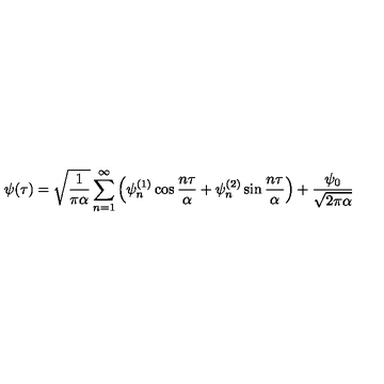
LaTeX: \psi ( \tau ) = \sqrt { \frac { 1 } { \pi \alpha } } \sum _ { n = 1 } ^ { \infty } \left( \psi _ { n } ^ { ( 1 ) } \cos { \frac { n \tau } { \alpha } } + \psi _ { n } ^ { ( 2 ) } \sin { \frac { n \tau } { \alpha } } \right) + { \frac { \psi _ { 0 } } { \sqrt { 2 \pi \alpha } } }